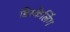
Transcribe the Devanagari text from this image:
डिस्केलिंग